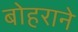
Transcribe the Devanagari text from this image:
बोहराने